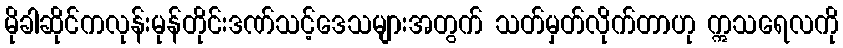
မိုခါဆိုင်ကလုန်းမုန်တိုင်းဒဏ်သင့်ဒေသများအတွက် သတ်မှတ်လိုက်တာဟု ဣသရေလကို